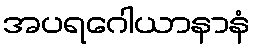
အပရဂေါယာနာနံ